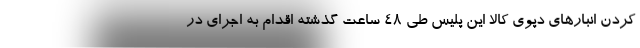
کردن انبارهای دپوی کالا این پلیس طی ۴۸ ساعت گذشته اقدام به اجرای در